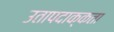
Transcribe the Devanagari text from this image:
उतापदाक्कता